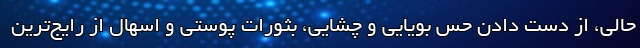
حالی، از دست دادن حس بویایی و چشایی، بثورات پوستی و اسهال از رایج‌ترین